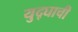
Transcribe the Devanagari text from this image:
युद्घाची